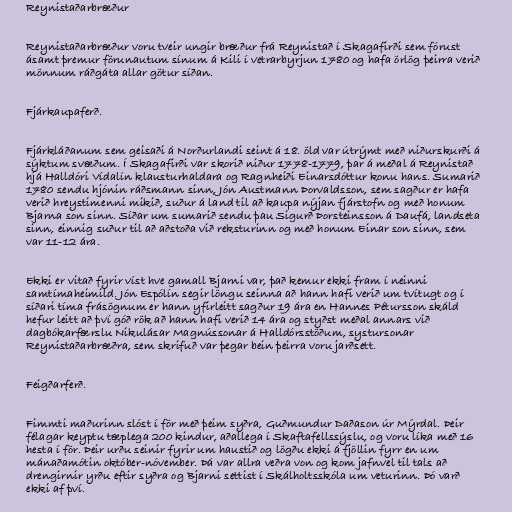
Reynistaðarbræður

Reynistaðarbræður voru tveir ungir bræður frá Reynistað í Skagafirði sem fórust
ásamt þremur förunautum sínum á Kili í vetrarbyrjun 1780 og hafa örlög þeirra verið
mönnum ráðgáta allar götur síðan.

Fjárkaupaferð.

Fjárkláðanum sem geisaði á Norðurlandi seint á 18. öld var útrýmt með niðurskurði á
sýktum svæðum. Í Skagafirði var skorið niður 1778-1779, þar á meðal á Reynistað
hjá Halldóri Vídalín klausturhaldara og Ragnheiði Einarsdóttur konu hans. Sumarið
1780 sendu hjónin ráðsmann sinn, Jón Austmann Þorvaldsson, sem sagður er hafa
verið hreystimenni mikið, suður á land til að kaupa nýjan fjárstofn og með honum
Bjarna son sinn. Síðar um sumarið sendu þau Sigurð Þorsteinsson á Daufá, landseta
sinn, einnig suður til að aðstoða við reksturinn og með honum Einar son sinn, sem
var 11-12 ára.

Ekki er vitað fyrir víst hve gamall Bjarni var, það kemur ekki fram í neinni
samtímaheimild. Jón Espólín segir löngu seinna að hann hafi verið um tvítugt og í
síðari tíma frásögnum er hann yfirleitt sagður 19 ára en Hannes Pétursson skáld
hefur leitt að því góð rök að hann hafi verið 14 ára og styðst meðal annars við
dagbókarfærslu Nikulásar Magnússonar á Halldórsstöðum, systursonar
Reynistaðarbræðra, sem skrifuð var þegar bein þeirra voru jarðsett.

Feigðarferð.

Fimmti maðurinn slóst í för með þeim syðra, Guðmundur Daðason úr Mýrdal. Þeir
félagar keyptu tæplega 200 kindur, aðallega í Skaftafellssýslu, og voru líka með 16
hesta í för. Þeir urðu seinir fyrir um haustið og lögðu ekki á fjöllin fyrr en um
mánaðamótin október-nóvember. Þá var allra veðra von og kom jafnvel til tals að
drengirnir yrðu eftir syðra og Bjarni settist í Skálholtsskóla um veturinn. Þó varð
ekki af því.